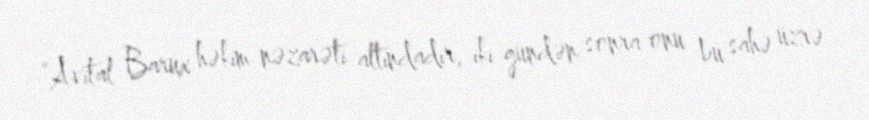
“Avital Barux həkim nəzarəti altındadır, iki gündən sonra onu bu sahə üzrə